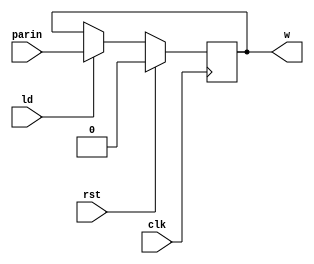
module Reg #(parameter n = 1) (
    input clk, rst, ld, input  [n - 1:0] parin,
    output reg  [n - 1:0] w
);
  always@(posedge clk) begin
    if(rst == 1)
      w <= 0;
    else if(ld == 1)
      w <= parin;
  end
endmodule